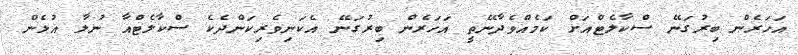
އަހަރެން ބިރުގަނޭ ސްކާލެޓްއަށް ކަމެއްވެދާނޭތީ އަހަރެން ބިރުގަނޭ އެކަނިވެރިކަންދެކެ ސްކާލެޓްއާ ނުލާ އުޅެން